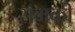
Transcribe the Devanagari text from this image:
सभकी